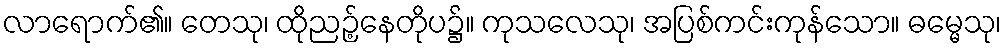
လာရောက်၏။ တေသု၊ ထိုညဉ့်နေတိုပ၌။ ကုသလေသု၊ အပြစ်ကင်းကုန်သော။ ဓမ္မေသု၊